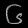
Digit: ၆